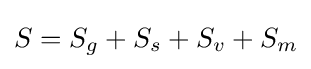
S=S_{g}+S_{s}+S_{v}+S_{m}